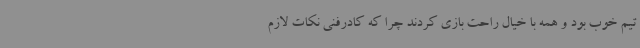
تیم خوب بود و همه با خیال راحت بازی کردند چرا که کادرفنی نکات لازم